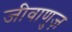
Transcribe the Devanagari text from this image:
जीवाणुज़